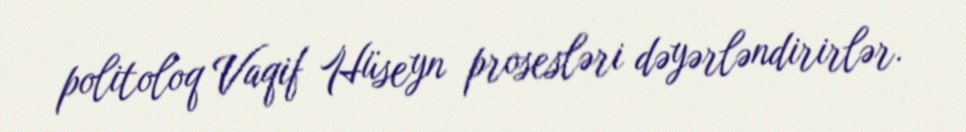
politoloq Vaqif Hüseyn prosesləri dəyərləndirirlər.